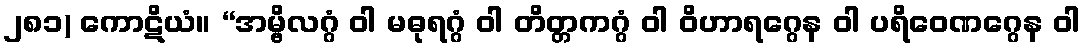
၂၈၁) ကောဋိယံ။ “အမ္ဗိလဂ္ဂံ ဝါ မဓုရဂ္ဂံ ဝါ တိတ္တကဂ္ဂံ ဝါ ဝိဟာရဂ္ဂေန ဝါ ပရိဝေဏဂ္ဂေန ဝါ